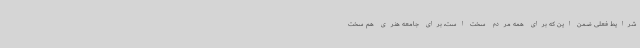
شرایط فعلی ضمن این که برای همه مردم سخت است، برای جامعه هنری هم سخت